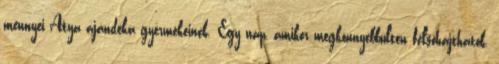
mennyei Atya ajándéka gyermekeinek. Egy nap, amikor megkönnyebbülten felsóhajthatok,